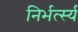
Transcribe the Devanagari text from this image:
निर्भर्त्स्य